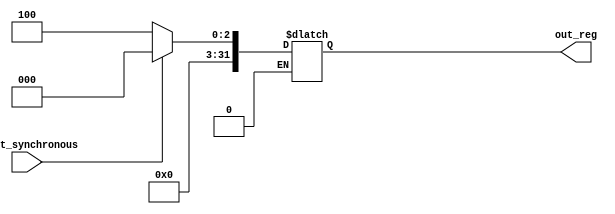
module constant_value_generator #(parameter W = 32, value=4) 
	( 
	input reset_synchronous, // Reset == 1 --> Clear Register Content @ Next Rising Edge
	output reg [W-1:0] out_reg
	);
	
	always @(*) // Sequential Circuit
		begin
			if (reset_synchronous == 1)
				out_reg <= 0; // Reset at the next clock cycle
			else if (reset_synchronous == 0)
				out_reg <= value; // Load output at the next clock cycle with parallel input
		end
endmodule